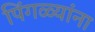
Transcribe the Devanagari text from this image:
पिंगळ्यांना